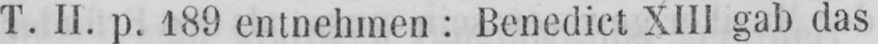
T. II. p. 189 entnehmen: Benedict XIII gab das